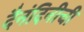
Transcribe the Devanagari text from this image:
दैनंदिनीची